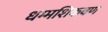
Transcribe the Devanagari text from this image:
धम्मशिकवण